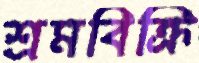
শ্রমবিক্রি